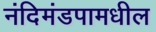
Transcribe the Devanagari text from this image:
नंदिमंडपामधील